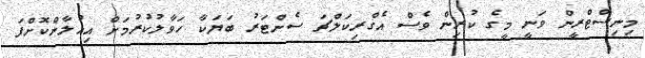
މިނިސްޓްރީން ވަނީ މީގެ ކުރިން ވެސް އެގްރިކަލްޗަ ސެންޓަރު ބަޔަކާ ހަވާލުކުރުމަށް އިއުލާންކޮށްފަ